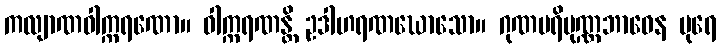
ကလျာဏဝါက္ကရဏော။ ဝါက္ကရဏန္တိ ဥဒါဟရဏဃောသော။ ဂုဏပရိပုဏ္ဏဘာဝေန ပုရေ